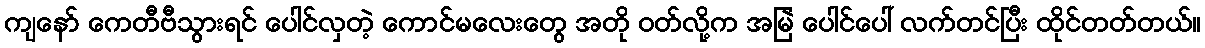
ကျနော် ကေတီဗီသွားရင် ပေါင်လှတဲ့ ကောင်မလေးတွေ အတို ဝတ်လို့က အမြဲ ပေါင်ပေါ် လက်တင်ပြီး ထိုင်တတ်တယ်။